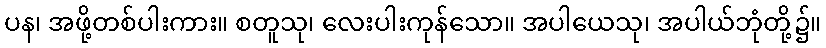
ပန၊ အဖို့တစ်ပါးကား။ စတူသု၊ လေးပါးကုန်သော။ အပါယေသု၊ အပါယ်ဘုံတို့၌။